Annual statistical returns and brief notes on vaccination in Bengal - 1887-1898
Year: 1887
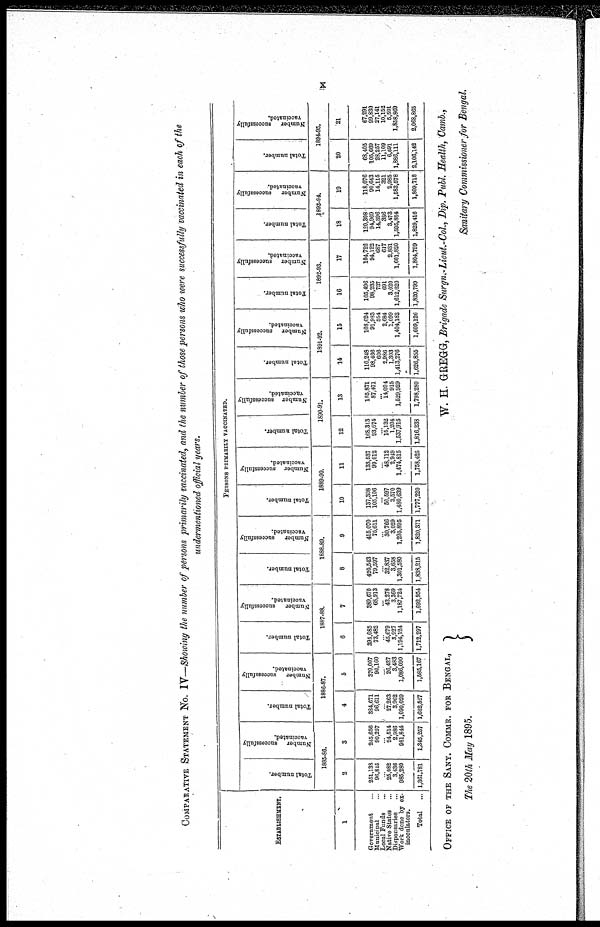
x
COMPARATIVE STATEMENT No. IV—Showing the number of persons primarily vaccinated, and the number of those persons who were successfully vaccinated in each of the
undermentioned official years.
ESTABLISHMENT.
1
Government ...
Municipal ...
Local Funds ...
Native States ...
Dispensaries ...
Work done by ex-
inoculators.
Total
...
PERSONS PRIMARILY VACCINATED.
Total number.
Number
successfully
vaccinated.
1885-86.
2
251,138
96,845
... 25,082
3,436
985,280
1,361,781
3
245,656
90,257
... 24,514
2,986
981,844
1,345,257
Total number.
Number
successfully
vaccinated.
1886-87.
4
384,671
96,611
... 27,263
3,962
1,090,020
1,602,527
5
379,007
90,160
... 26,427
3,483
1,086,090
1,585,167
Total number.
Number
successfully
vaccinated.
1887-88.
6
395,085
73,482
... 45,679
3,927
1,194,124
1,712,297
7
389,670
68,913
... 43,278
3,369
1,187,724
1,692,954
Total number.
Number
successfully
vaccinated.
1888-89.
8
420,543
79,597
... 32,837
3,658
1,301,580
1,838,215
9
415,070
75,611
... 30,766
3,029
1,295,895
1,820,371
Total number.
Number
successfully
vaccinated.
1889-90.
10
137,308
105,106
... 50,597
3,570
1,480,639
1,777,220
11
133,537
99,012
... 48,112
2,949
1,474,815
1,758,425
Total number.
Number successfully
vaccinated.
1890-91.
12
168,313
93,674
...
15,132
1,204
1,537,915
1,816,238
13
165,871
87,471
... 14,094
915
1,529,929
1,798,280
Total number.
Number successfully
vaccinated.
1891-92.
14
110,248
98,436
606
2,986
1,303
1,413,276
1,626,856
15
108,624
91,933
554
2,684
1,099
1,404,182
1,609,126
Total number.
Number successfully
vaccinated.
1892-93.
16
105,496
98,235
737
691
3,020
1,612,620
1,820,799
17
104,722
94,122
687
617
2,831
1,601,820
1,804,799
Total number.
Number
successfully
vaccinated.
1893-94.
18
120,308
94,969
14,396
386
3,473
1,595,884
1,829,416
19
118,076
90,643
14,115
321
2,985
1,583,578
1,809,718
Total number.
Number
successfully
vaccinated.
1894-95.
20
68,405
105,669
28,257
11,109
6,591
1,886,111
2,106,142
21
67,291
99,830
27,141
10,152
5,591
1,858,860
2,068,865
OFFICE OF THE SANY. COMMR. FOR BENGAL,
The 20th May 1895.
W. H. GREGG, Brigade Surgn.-Lieut.-Col., Dip. Publ. Health, Camb.,
Sanitary Commissioner for Bengal.